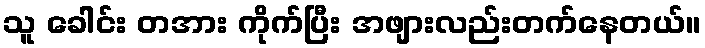
သူ ခေါင်း တအား ကိုက်ပြီး အဖျားလည်းတက်နေတယ်။